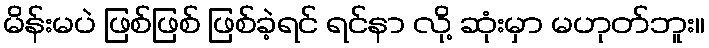
မိန်းမပဲ ဖြစ်ဖြစ် ဖြစ်ခဲ့ရင် ရင်နာ လို့ ဆုံးမှာ မဟုတ်ဘူး။